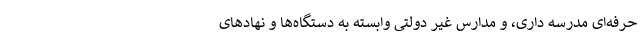
حرفه‌ای مدرسه داری، و مدارس غیر دولتی وابسته به دستگاه‌ها و نهادهای